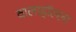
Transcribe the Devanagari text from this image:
वालाहाॅल्ला